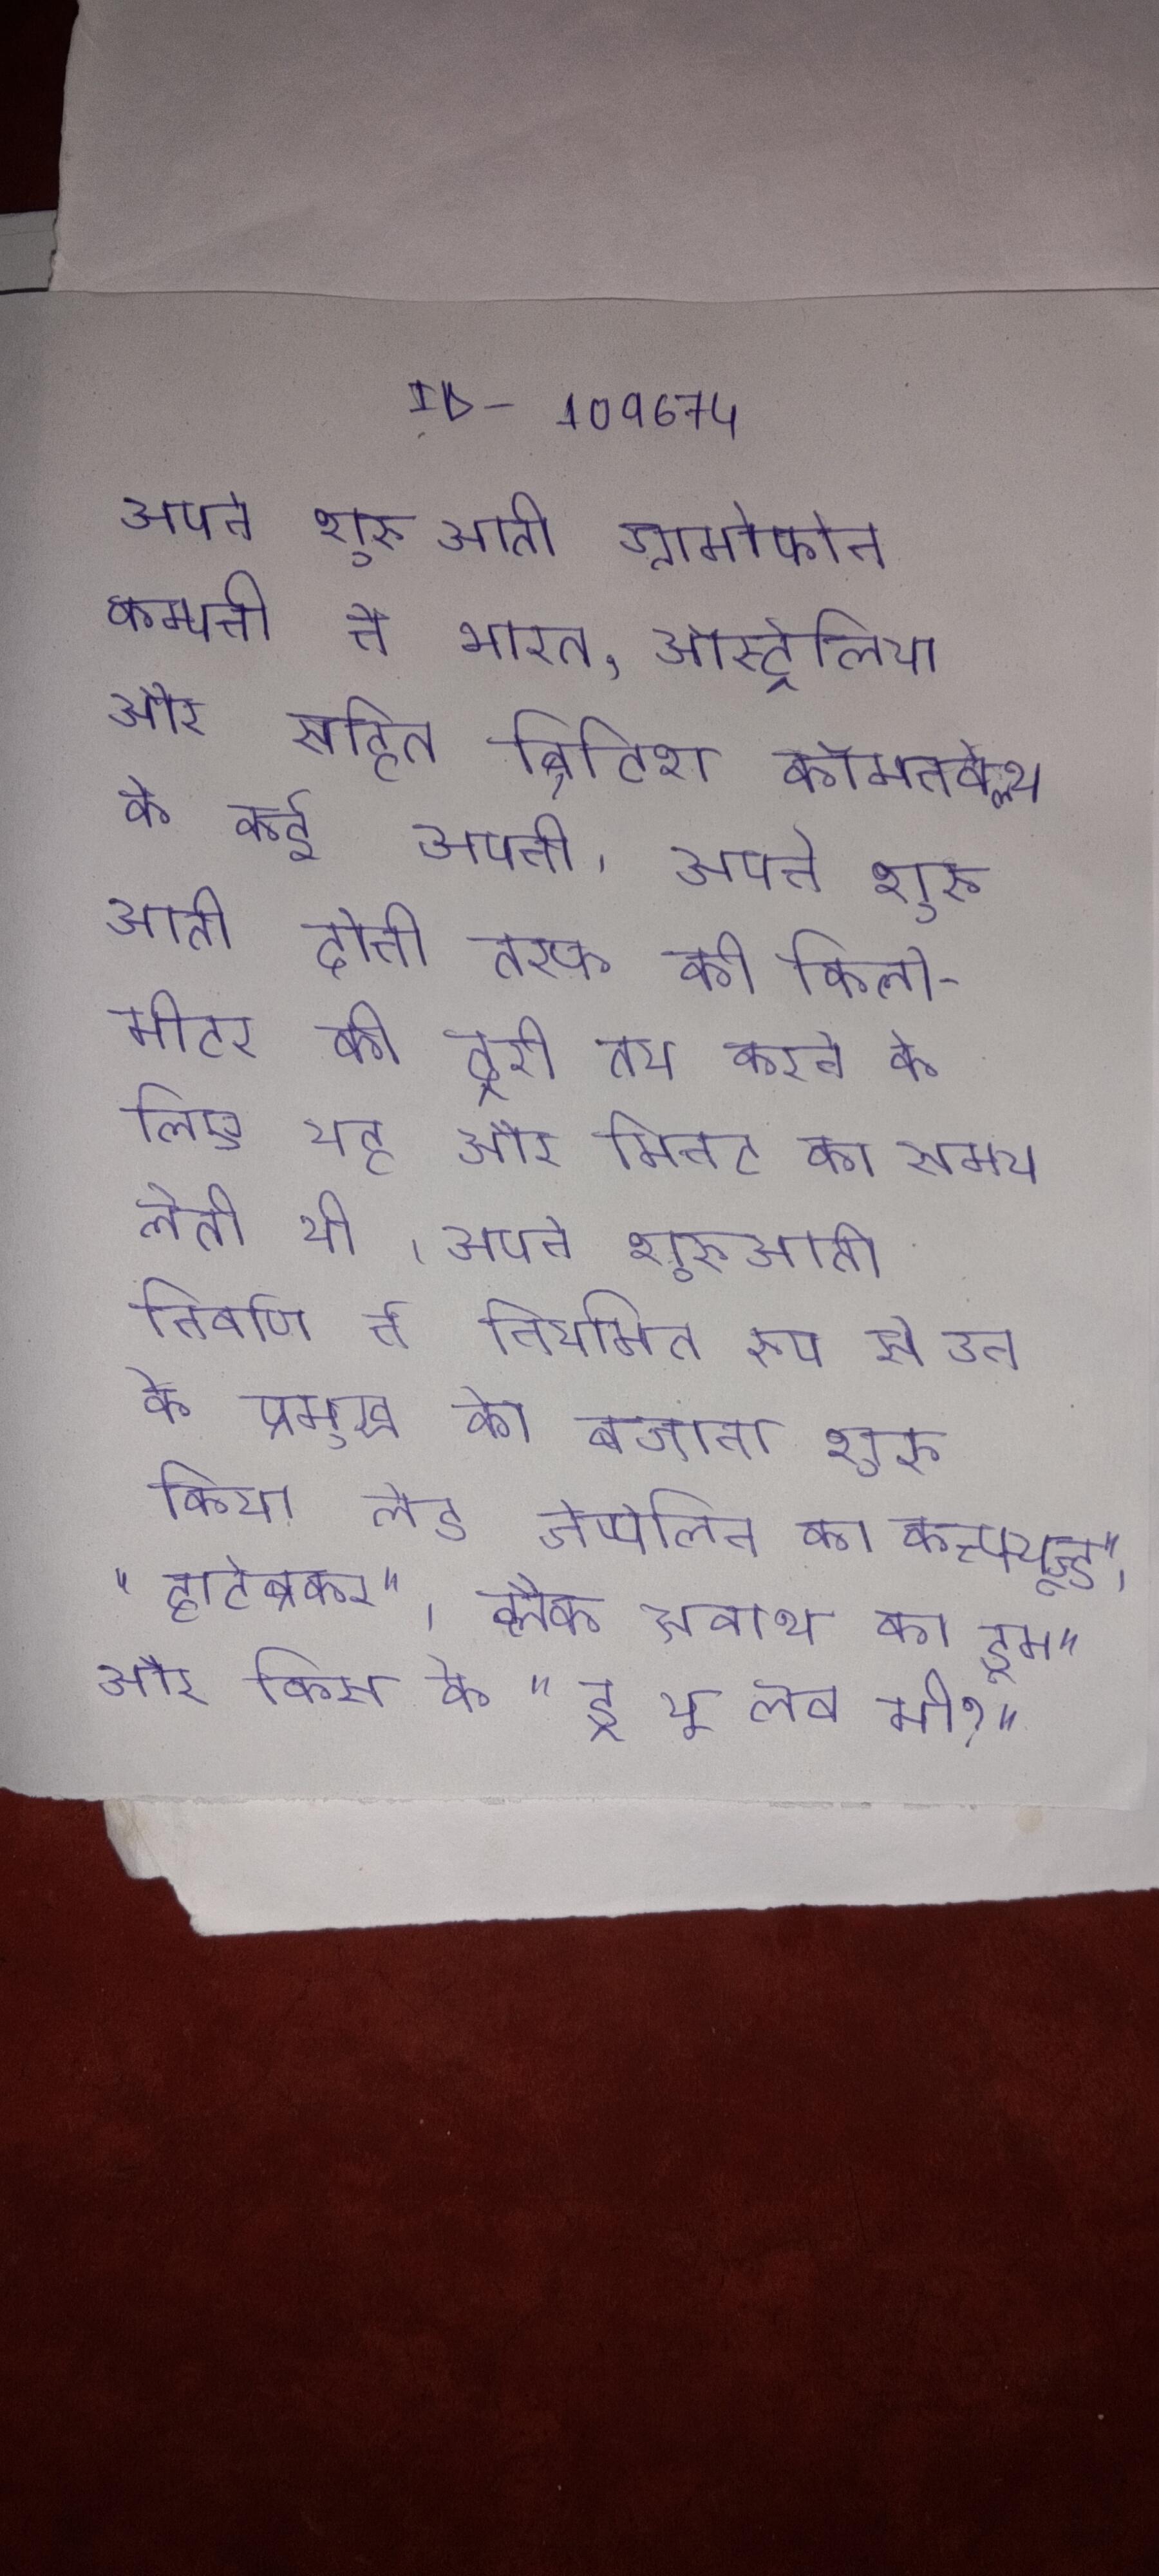
अपने शुरुआती ग्रामोफोन कम्पनी ने भारत, ऑस्ट्रेलिया और सहित ब्रिटिश कॉमनवेल्थ के कई अपनी . अपने शुरुआती दोनो तरफ की किलोमीटर की दूरी तय करने के लिए यह और मिनट का समय लेती थी । अपने शुरुआती निर्वाण ने नियमित रूप से उन के प्रमुख को बजाना शुरू किया लेड जेप्पेलिन का कन्फ्यूज्ड", "हार्टब्रेकर", ब्लैक सबाथ का डूम" और किस के "डू यू लव मी?" अपने शुरुआती मुग्धा तेल विक्रय का कार्य करती थी और प्रतिदिन अर्जित करती थी ।